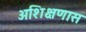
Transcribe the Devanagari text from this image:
अशिक्षणास